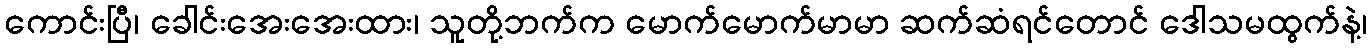
ကောင်းပြီ၊ ခေါင်းအေးအေးထား၊ သူတို့ဘက်က မောက်မောက်မာမာ ဆက်ဆံရင်တောင် ဒေါသမထွက်နဲ့၊